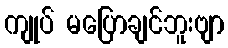
ကျုပ် မပြောချင်ဘူးဗျာ